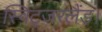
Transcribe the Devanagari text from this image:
स्विट्जरलैंड।